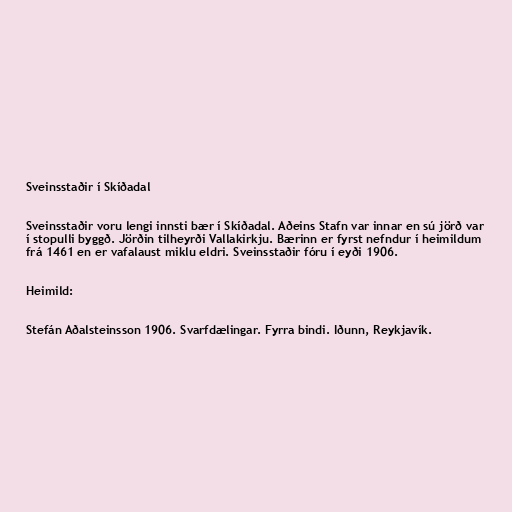
Sveinsstaðir í Skíðadal

Sveinsstaðir voru lengi innsti bær í Skíðadal. Aðeins Stafn var innar en sú jörð var
í stopulli byggð. Jörðin tilheyrði Vallakirkju. Bærinn er fyrst nefndur í heimildum
frá 1461 en er vafalaust miklu eldri. Sveinsstaðir fóru í eyði 1906.

Heimild:

Stefán Aðalsteinsson 1906. Svarfdælingar. Fyrra bindi. Iðunn, Reykjavík.